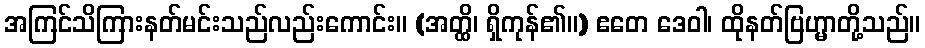
အကြင်သိကြားနတ်မင်းသည်လည်းကောင်း။ (အတ္ထိ၊ ရှိကုန်၏။) ဧတေ ဒေဝါ၊ ထိုနတ်ဗြဟ္မာတို့သည်။